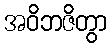
အဝိဘဇိတွာ